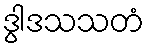
ဒွါဒသသတံ